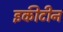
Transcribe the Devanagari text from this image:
इकीटीन